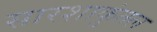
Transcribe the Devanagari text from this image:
सारशाकुंतल